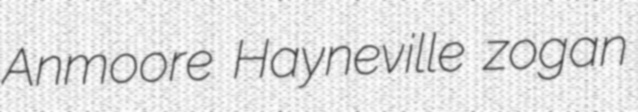
Anmoore Hayneville zogan